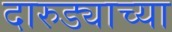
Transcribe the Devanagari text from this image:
दारुड्याच्या